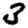
Digit: 3